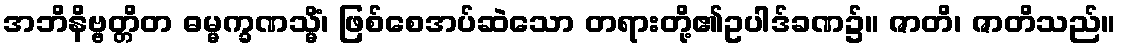
အဘိနိဗ္ဗတ္တိတ ဓမ္မက္ခဏသ္မိံ၊ ဖြစ်စေအပ်ဆဲသော တရားတို့၏ဥပါဒ်ခဏ၌။ ဇာတိ၊ ဇာတိသည်။